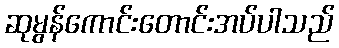
ဆုမွန်ကောင်းတောင်းအပ်ပါသည်